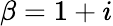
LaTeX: \beta=1+i